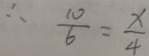
\therefore \frac { 1 0 } { 6 } = \frac { x } { 4 }